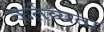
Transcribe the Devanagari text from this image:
कर्तव्यता